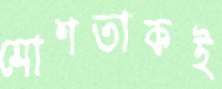
মোশতাকই